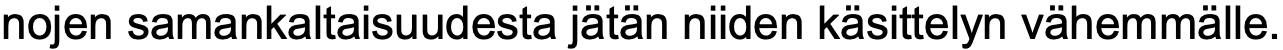
nojen samankaltaisuudesta jätän niiden käsittelyn vähemmälle.